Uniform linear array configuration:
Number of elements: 48
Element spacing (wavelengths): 0.25
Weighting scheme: exponential
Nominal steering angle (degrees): -30
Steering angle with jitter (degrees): -31.159
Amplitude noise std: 0.05
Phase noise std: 0.05

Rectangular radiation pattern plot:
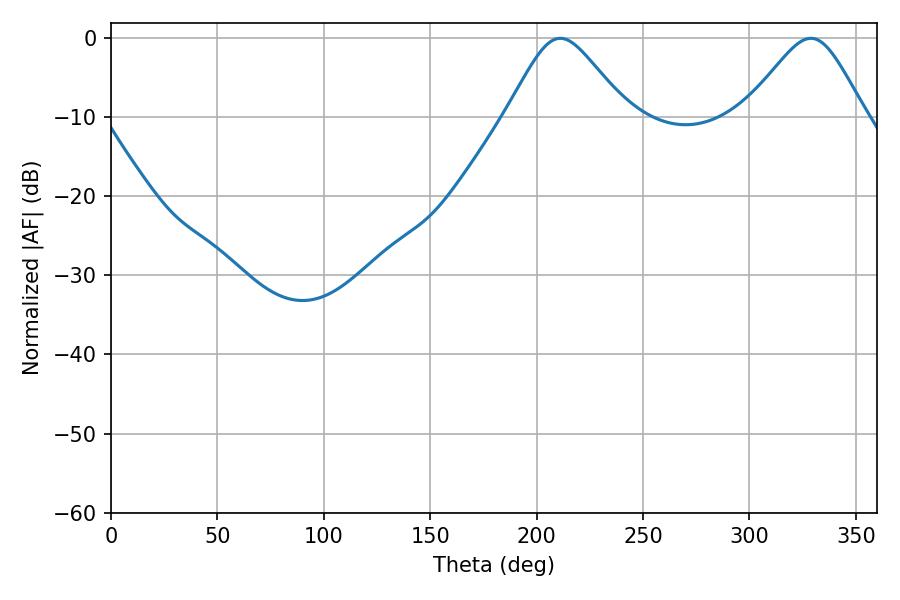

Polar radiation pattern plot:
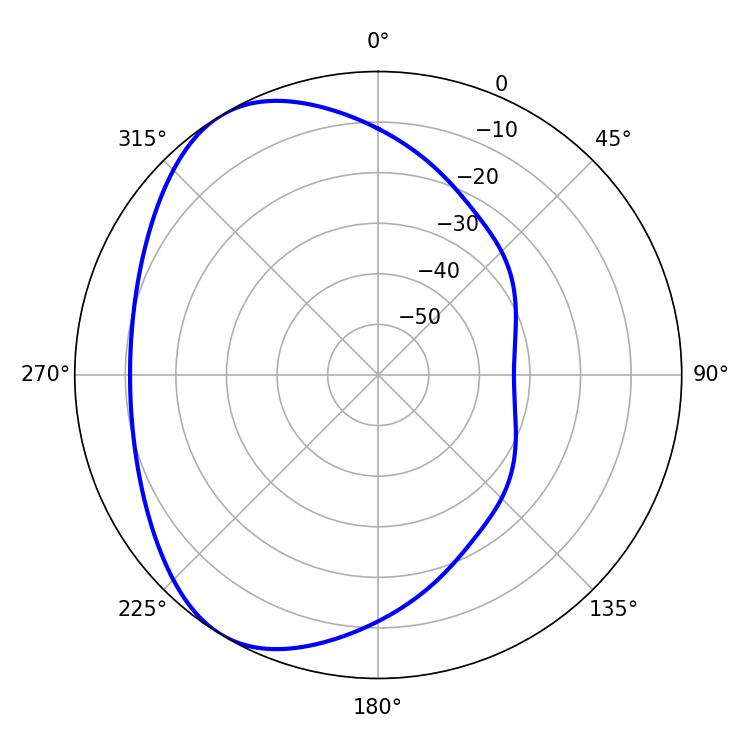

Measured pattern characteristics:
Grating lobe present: FALSE
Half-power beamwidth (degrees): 27.54
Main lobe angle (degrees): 211.14